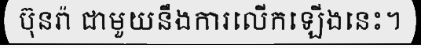
ប៊ុនរ៉ា ជាមួយនឹងការលើកឡើងនេះ។